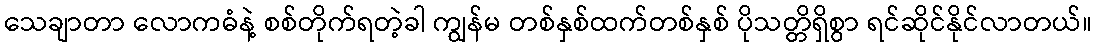
သေချာတာ လောကဓံနဲ့ စစ်တိုက်ရတဲ့ခါ ကျွန်မ တစ်နှစ်ထက်တစ်နှစ် ပိုသတ္တိရှိစွာ ရင်ဆိုင်နိုင်လာတယ်။